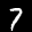
Label: 7